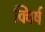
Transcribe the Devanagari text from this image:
क्विर्ष